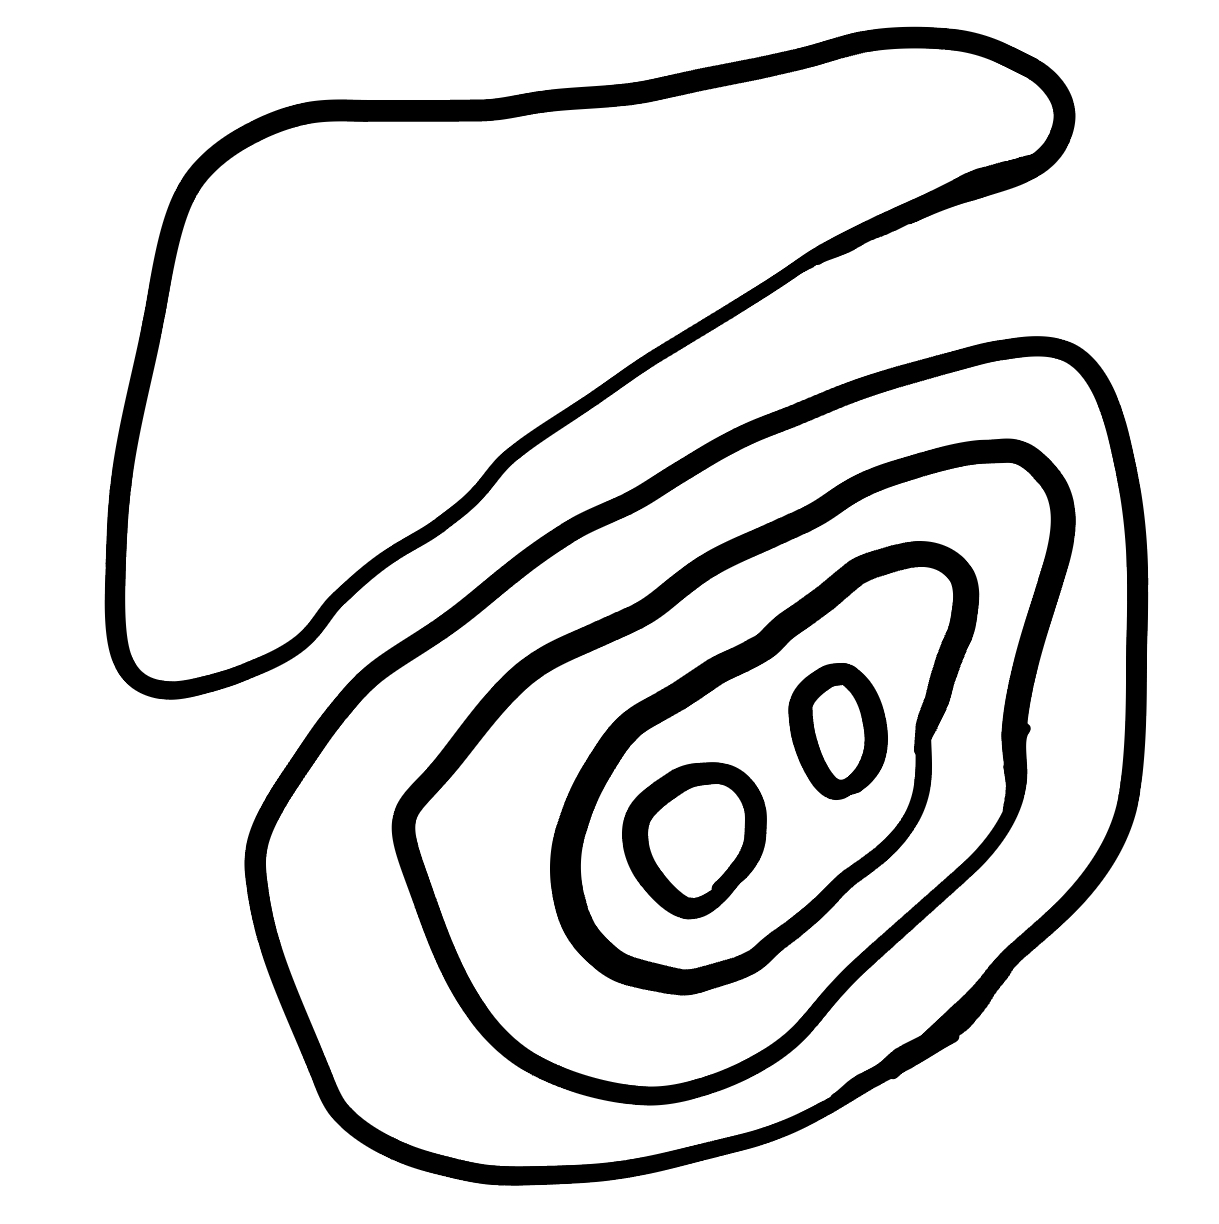
Number of regions (including the outer root region): 7
Containment tree edges (parent, child): 0, 1, 0, 6, 1, 2, 2, 3, 3, 4, 3, 5